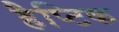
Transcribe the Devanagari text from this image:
हैप्टिक